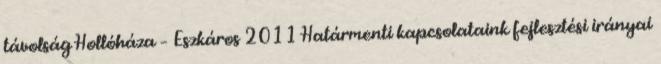
távolság Hollóháza – Eszkáros 2011 Határmenti kapcsolataink fejlesztési irányai